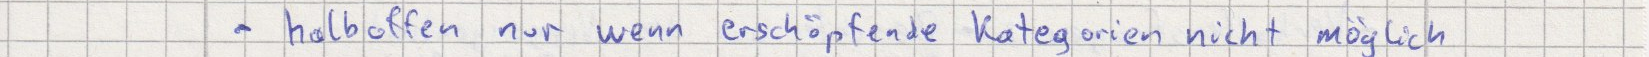
- halboffen nur wenn erschöpfende Kategorien nicht möglich